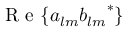
\mathrm { ~ R ~ e ~ } \{ a _ { l m } { b _ { l m } } ^ { * } \}